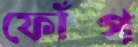
ফোঁপ